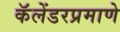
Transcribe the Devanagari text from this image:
कॅलेंडरप्रमाणे